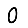
Digit: 0